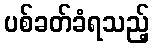
ပစ်ခတ်ခံရသည့်